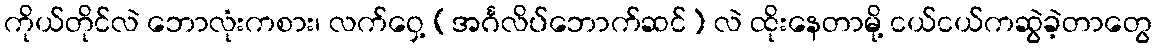
ကိုယ်တိုင်လဲ ဘောလုံးကစား၊ လက်ဝှေ့ (အင်္ဂလိပ်ဘောက်ဆင်) လဲ ထိုးနေတာမို့ ငယ်ငယ်ကဆွဲခဲ့တာတွေ